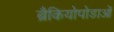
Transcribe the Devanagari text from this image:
ब्रैकियोपोडाओं